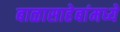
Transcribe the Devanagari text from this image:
बाळासाहेबांमध्ये